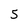
Character: 5